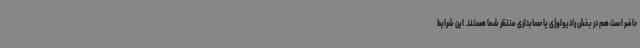
حاضر است هم در بخش رادیولوژی یا حسابداری منتظر شما هستند. این شرایط